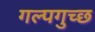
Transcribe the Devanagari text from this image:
गल्पगुच्छ